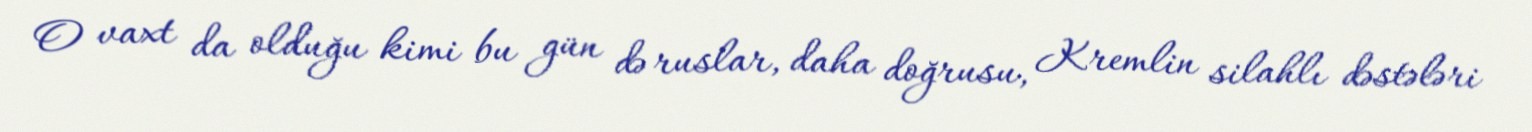
O vaxt da olduğu kimi bu gün də ruslar, daha doğrusu, Kremlin silahlı dəstələri